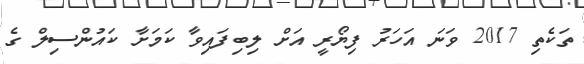
ތަކެތި 2017 ވަނަ އަހަރު ފިޔޯރީ އަށް ލިބިފައިވާ ކަމަށާ ކައުންސިލް ގެ